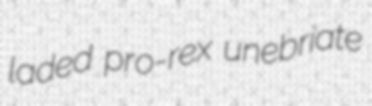
laded pro-rex unebriate